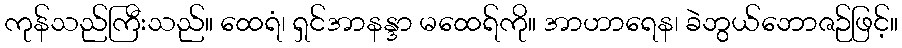
ကုန်သည်ကြီးသည်။ ထေရံ၊ ရှင်အာနန္ဒာ မထေရ်ကို။ အာဟာရေန၊ ခဲဘွယ်ဘောဇဉ်ဖြင့်။